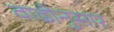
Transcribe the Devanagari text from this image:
वाढीनुसार